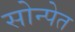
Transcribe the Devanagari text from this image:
सोन्पेत